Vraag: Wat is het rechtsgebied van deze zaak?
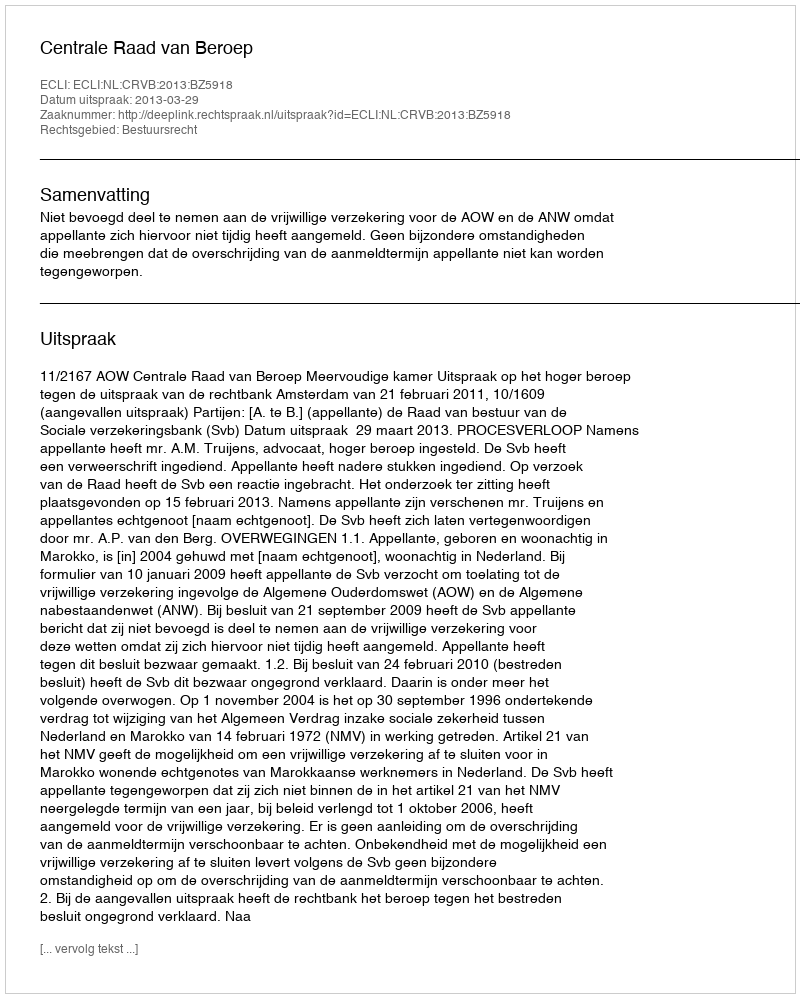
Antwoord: Bestuursrecht